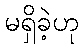
မရှိခဲ့ဟု